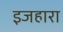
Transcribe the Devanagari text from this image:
इजहारा